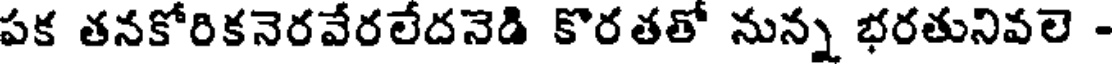
పక తనకోరికనెరవేరలేదనెడి కొరతతో నున్న భరతునివలె -